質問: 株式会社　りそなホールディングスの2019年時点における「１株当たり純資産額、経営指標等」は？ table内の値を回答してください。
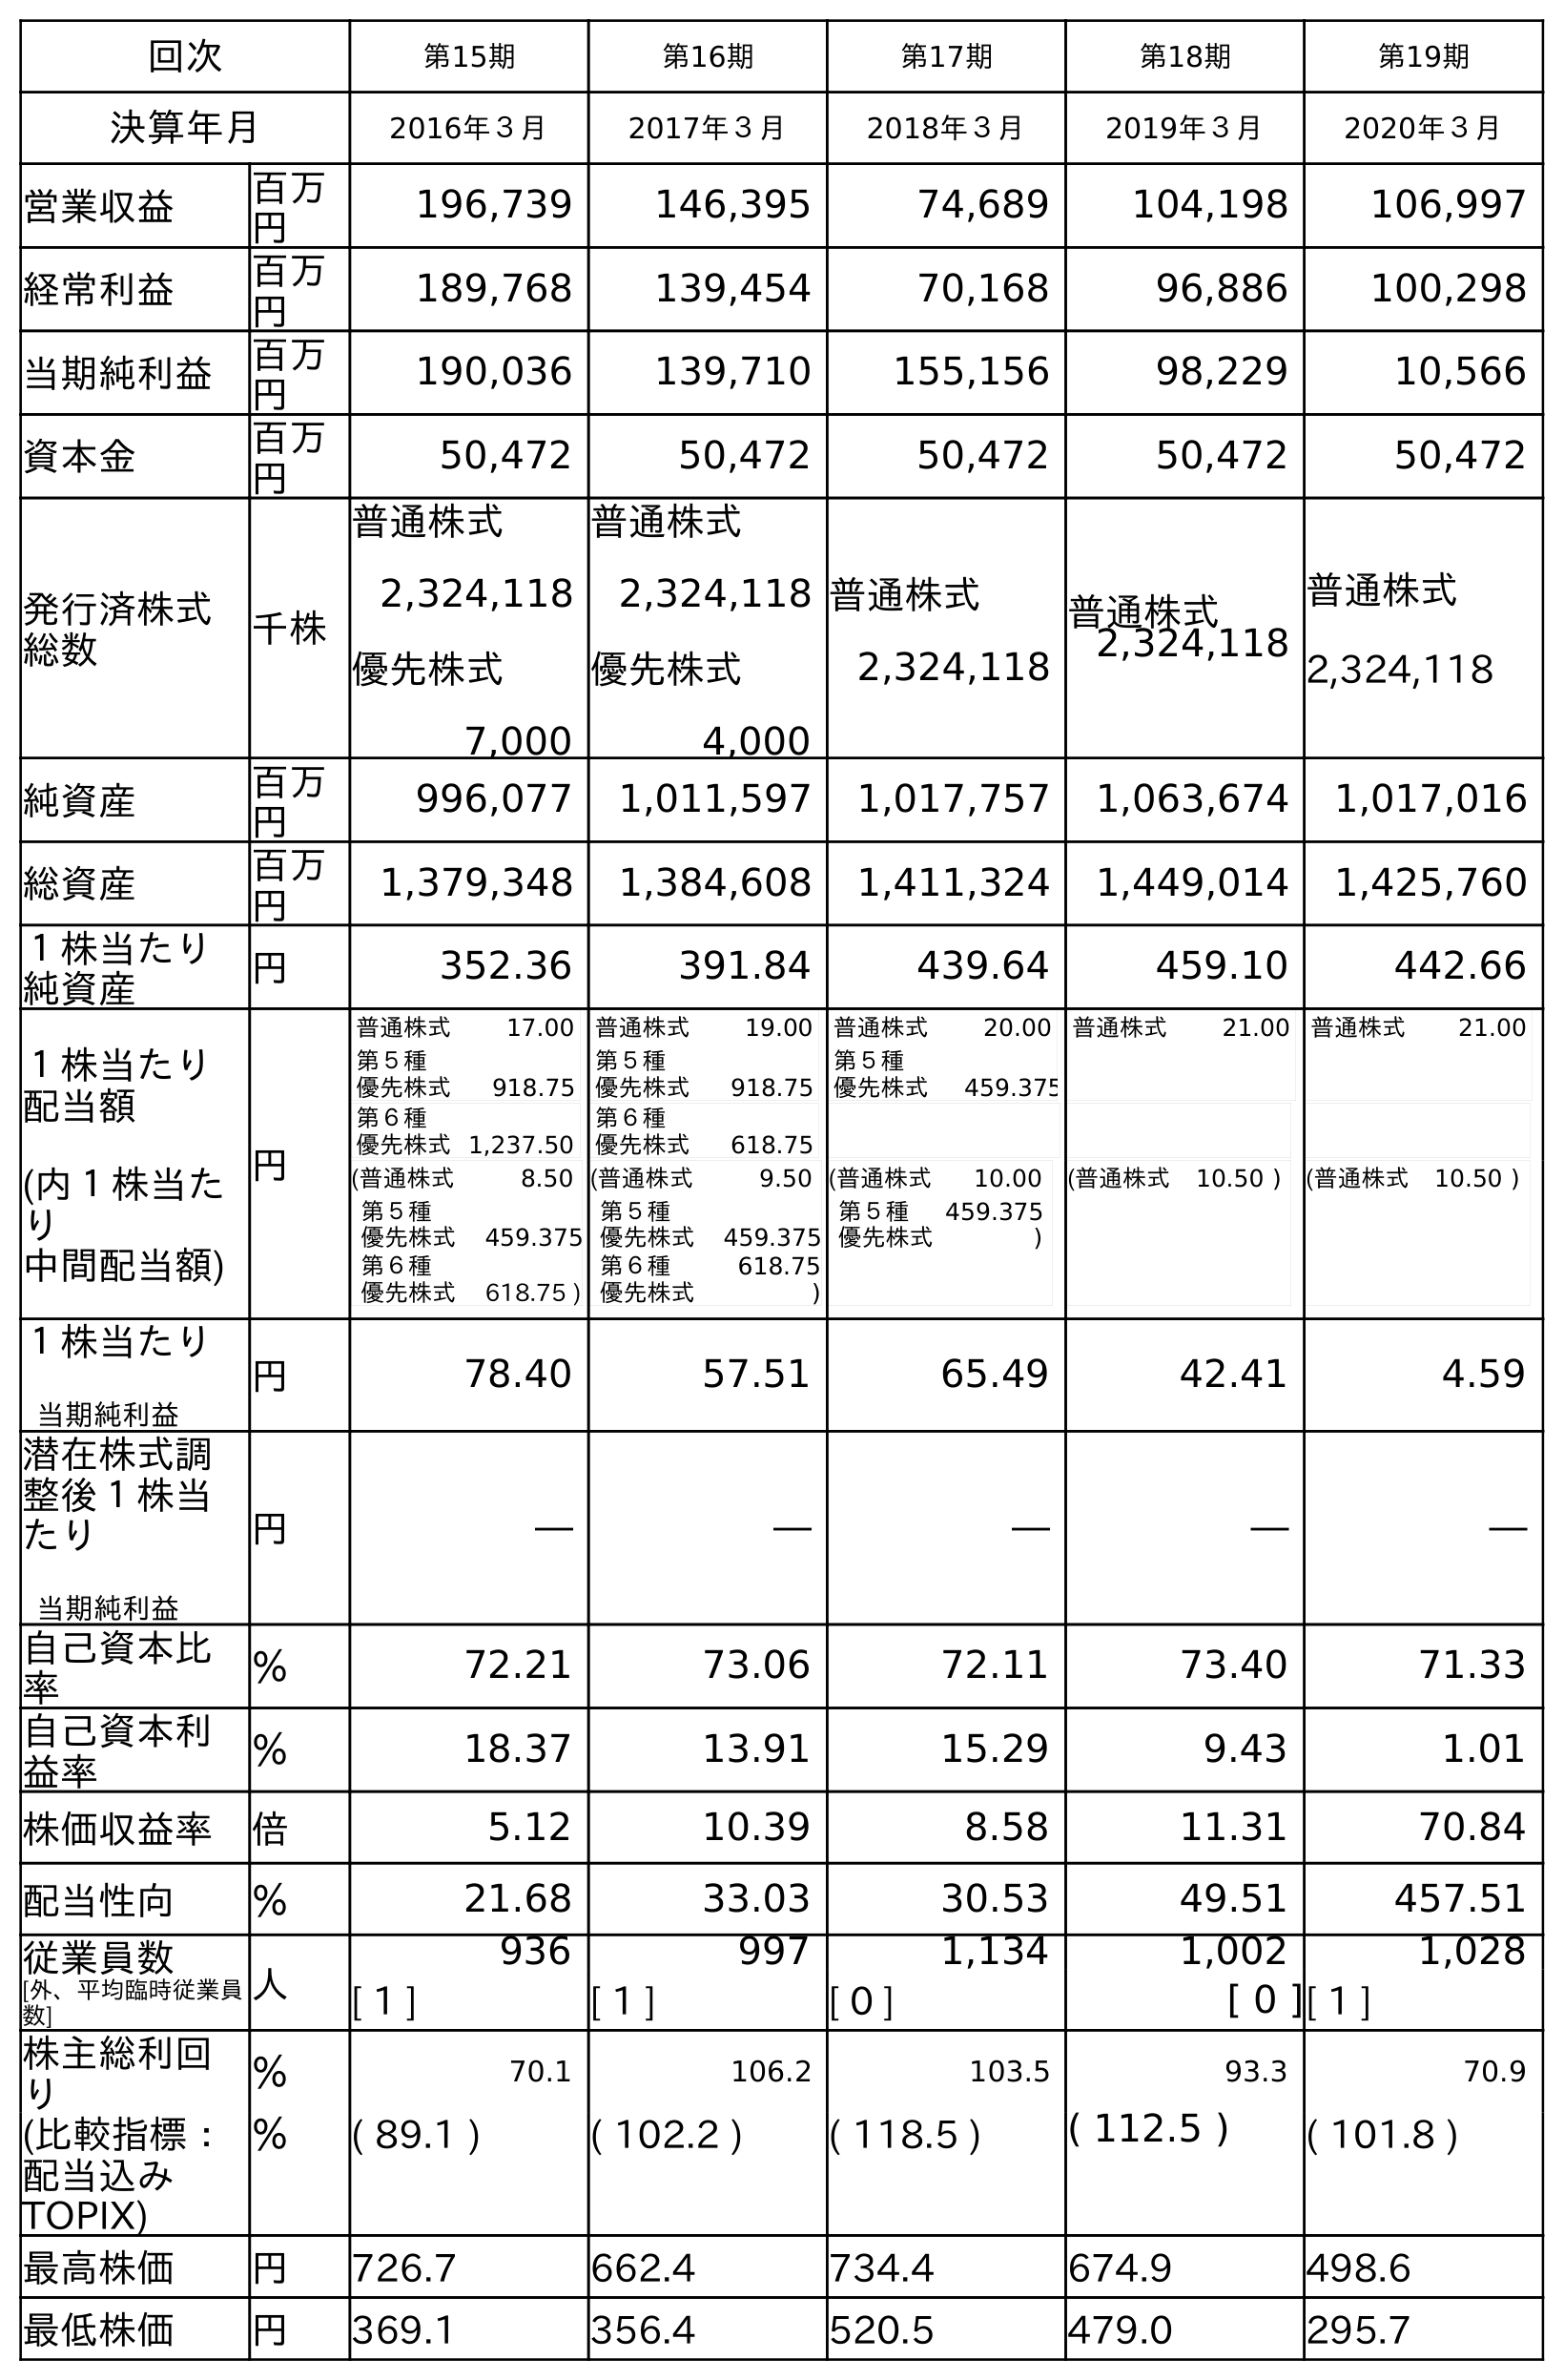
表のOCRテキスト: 回次 第15期 第16期 第17期 第18期 第19期 決算年月 2016年３月 2017年３月 2018年３月 2019年３月 2020年３月 営業収益 百万 円 196,739 146,395 74,689 104,198 106,997 経常利益 百万 円 189,768 139,454 70,168 96,886 100,298 当期純利益 百万 円 190,036 139,710 155,156 98,229 10,566 資本金 百万 円 50,472 50,472 50,472 50,472 50,472 発行済株式 総数 千株 普通株式 2,324,118 優先株式 7,000 普通株式 2,324,118 優先株式 4,000 普通株式 2,324,118 普通株式 2,324,118 普通株式 2,324,118 純資産 百万 円 996,077 1,011,597 1,017,757 1,063,674 1,017,016 総資産 百万 円 1,379,348 1,384,608 1,411,324 1,449,014 1,425,760 １株当たり 純資産 円 352.36 391.84 439.64 459.10 442.66 １株当たり 配当額 (内１株当た り 中間配当額) 円 普通株式 17.00 第５種 優先株式 918.75 第６種 優先株式1,237.50 普通株式 19.00 第５種 優先株式 918.75 第６種 優先株式 618.75 普通株式 20.00 第５種 優先株式 459.375 普通株式 21.00 普通株式 21.00 (普通株式 8.50 第５種 優先株式 459.375 第６種 優先株式 618.75 ) (普通株式 9.50 第５種 優先株式 459.375 第６種 優先株式 618.75 ) (普通株式 10.00 第５種 優先株式 459.375 ) (普通株式 10.50 ) (普通株式 10.50 ) １株当たり 当期純利益 円 78.40 57.51 65.49 42.41 4.59 潜在株式調 整後１株当 たり 当期純利益 円 ― ― ― ― ― 自己資本比 率 ％ 72.21 73.06 72.11 73.40 71.33 自己資本利 益率 ％ 18.37 13.91 15.29 9.43 1.01 株価収益率 倍 5.12 10.39 8.58 11.31 70.84 配当性向 ％ 21.68 33.03 30.53 49.51 457.51 従業員数 [外、平均臨時従業員 数] 人 936 997 1,134 1,002 1,028 [ 1 ] [ 1 ] [ 0 ] [ 0 ][ 1 ] 株主総利回 り ％ 70.1 106.2 103.5 93.3 70.9 (比較指標： 配当込み TOPIX) ％ ( 89.1 ) ( 102.2 ) ( 118.5 ) ( 112.5 ) ( 101.8 ) 最高株価 円 726.7 662.4 734.4 674.9 498.6 最低株価 円 369.1 356.4 520.5 479.0 295.7
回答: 459.10